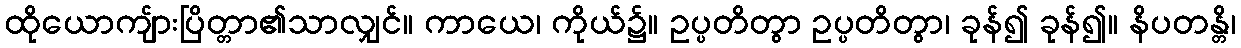
ထိုယောကျ်ားပြိတ္တာ၏သာလျှင်။ ကာယေ၊ ကိုယ်၌။ ဥပ္ပတိတွာ ဥပ္ပတိတွာ၊ ခုန်၍ ခုန်၍။ နိပတန္တိ၊